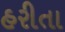
હરીતા